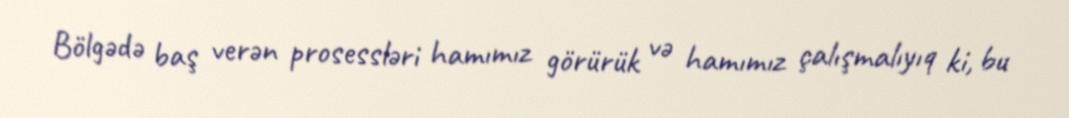
Bölgədə baş verən prosessləri hamımız görürük və hamımız çalışmalıyıq ki, bu